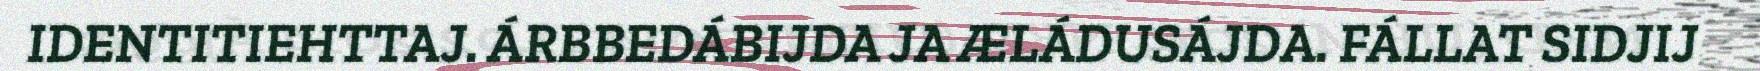
IDENTITIEHTTAJ. ÁRBBEDÁBIJDA JA ÆLÁDUSÁJDA. FÁLLAT SIDJIJ